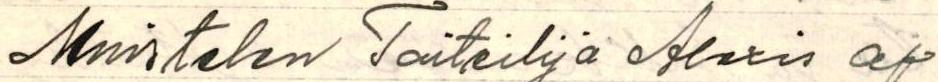
Muistelen Taiteilija Alexis af